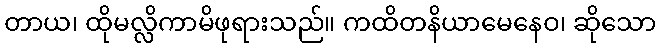
တာယ၊ ထိုမလ္လိကာမိဖုရားသည်။ ကထိတနိယာမေနေဝ၊ ဆိုသော